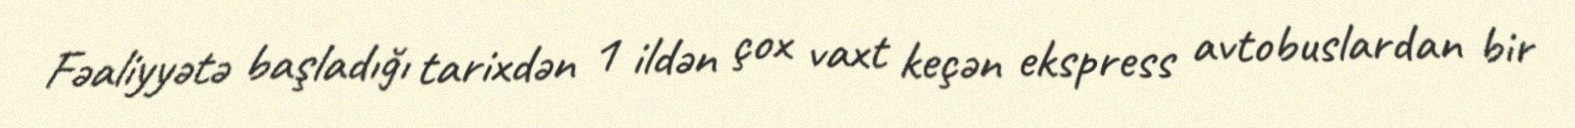
Fəaliyyətə başladığı tarixdən 1 ildən çox vaxt keçən ekspress avtobuslardan bir